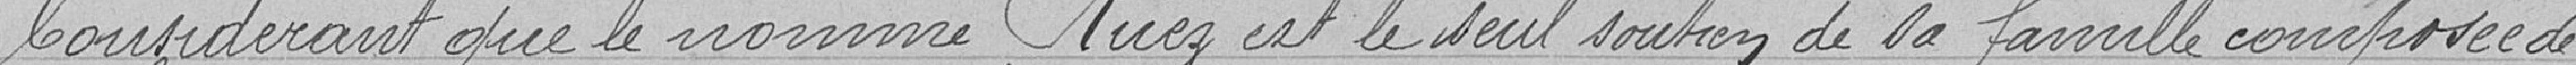
Considérant que le nommé Ruez est le seul soutien de la famille constituée de